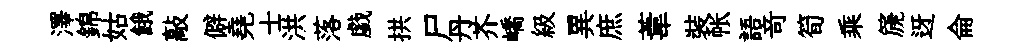
澤錦姑餓敲僻堯士洪落戯拱尸丹芥嶠級異庶葦裝帐語竒筍乘篪迓侖